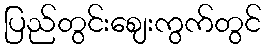
ပြည်တွင်းဈေးကွက်တွင်